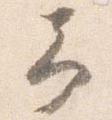
予